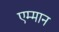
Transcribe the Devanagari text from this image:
एम्मान